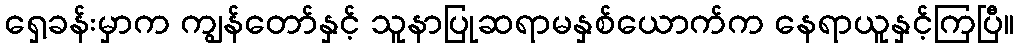
ရှေ့ခန်းမှာက ကျွန်တော်နှင့် သူနာပြုဆရာမနှစ်ယောက်က နေရာယူနှင့်ကြပြီ။